Punjab Mental Hospital Lahore 1922-31 - 1922-1931
Year: 1922
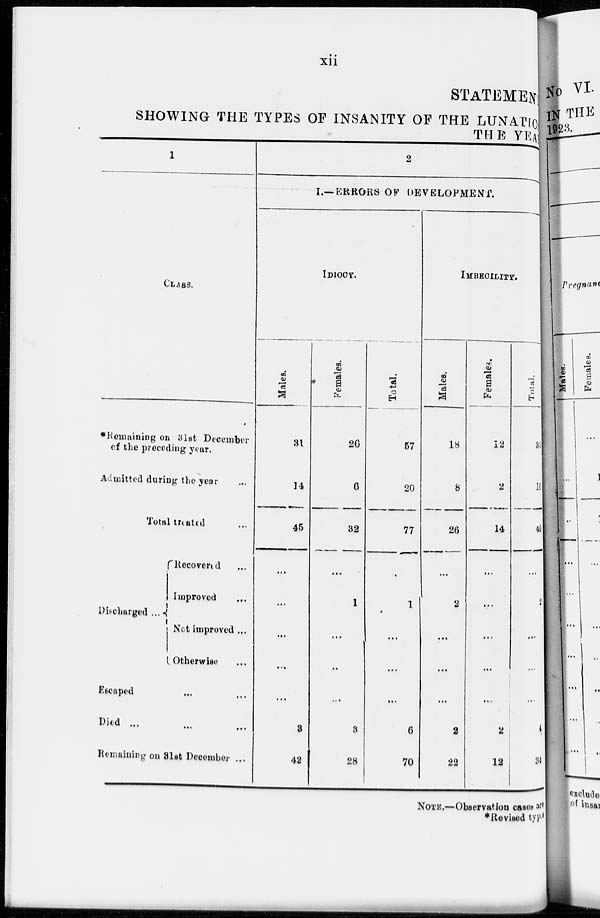
xii
STATEMENT
SHOWING THE TYPES OF INSANITY OF THE LUNATIC
THE YEAR
1
CLASS.
*Remaining on 31st December
of the preceding year.
Admitted during the year ...
Total treated ...
Discharged ...
Recovered ...
Improved ...
Not improved ...
Otherwise ...
Escaped ... ...
Died ... ... ...
Remaining on 31st December ...
2
I.—ERRORS OF DEVELOPMENT.
IDIOCY.
Males.
31
14
45
...
...
...
...
...
3
42
Females.
26
6
32
...
1
...
...
...
3
28
Total.
57
20
77
...
1
...
...
...
6
70
IMBECILITY.
Males.
18
8
26
...
2
...
...
...
2
22
Females.
12
2
14
...
...
...
...
...
2
12
Total.
30
10
40
...
2
...
...
...
4
34
NOTE.—Observation cases are
*Revised types